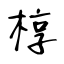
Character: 椁